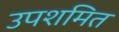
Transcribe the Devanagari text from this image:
उपशमित